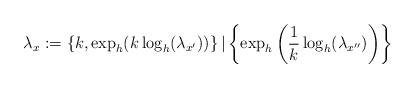
LaTeX: \begin{align*} \lambda_{x}:=\left\{ k,\exp_{h}(k\log_{h}(\lambda_{x'}))\right\} |\left\{ \exp_{h}\left(\frac{1}{k}\log_{h}(\lambda_{x''})\right)\right\} \end{align*}